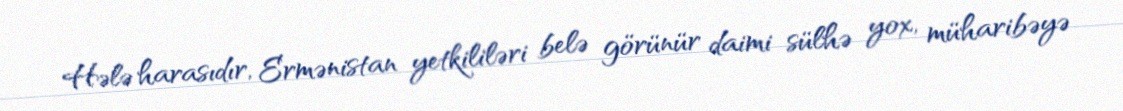
Hələ harasıdır, Ermənistan yetkililəri belə görünür daimi sülhə yox, müharibəyə